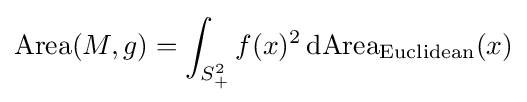
\operatorname {Area} (M,g)=\int _{S_{+}^{2}}f(x)^{2}\,\mathrm {dArea} _{\text{Euclidean}}(x)